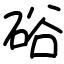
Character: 硲